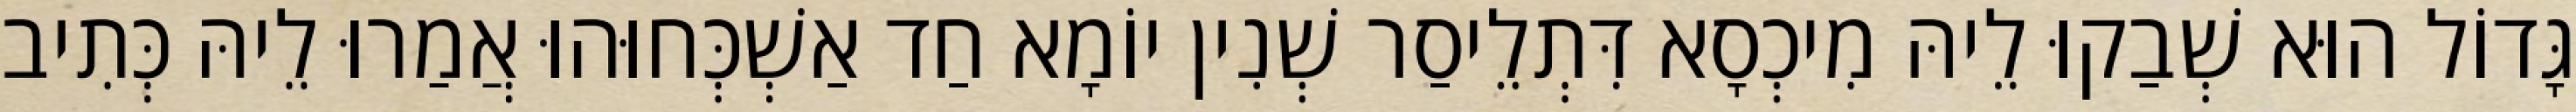
גָּדוֹל הוּא שְׁבַקוּ לֵיהּ מִיכְסָא דִּתְלֵיסַר שְׁנִין יוֹמָא חַד אַשְׁכְּחוּהוּ אֲמַרוּ לֵיהּ כְּתִיב